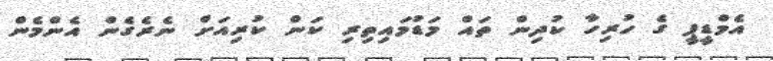
އެމްޑީޕީ ގެ ހުރިހާ ކުދިން ތައް މަޑުމައިތިރި ކަން ކުރިއަށް ނެރެގެން އެންމެން